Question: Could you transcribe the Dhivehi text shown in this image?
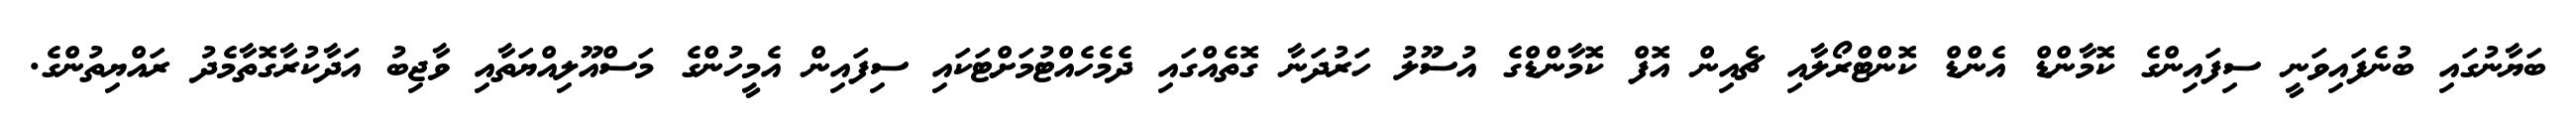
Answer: ބަޔާނުގައި ބުނެފައިވަނީ ސިފައިންގެ ކޮމާންޑް އެންޑް ކޮންޓްރޯލާއި ޗެއިން އޮފް ކޮމާންޑްގެ އުސޫލު ހަރުދަނާ ގޮތެއްގައި ދެމެހެއްޓުމަށްޓަކައި ސިފައިން އެމީހުންގެ މަސްއޫލިއްޔަތާއި ވާޖިބު އަދާކުރާގޮތާމެދު ރައްޔިތުންގެ.